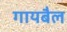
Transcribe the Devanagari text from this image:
गायबैल